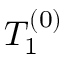
T _ { 1 } ^ { ( 0 ) }